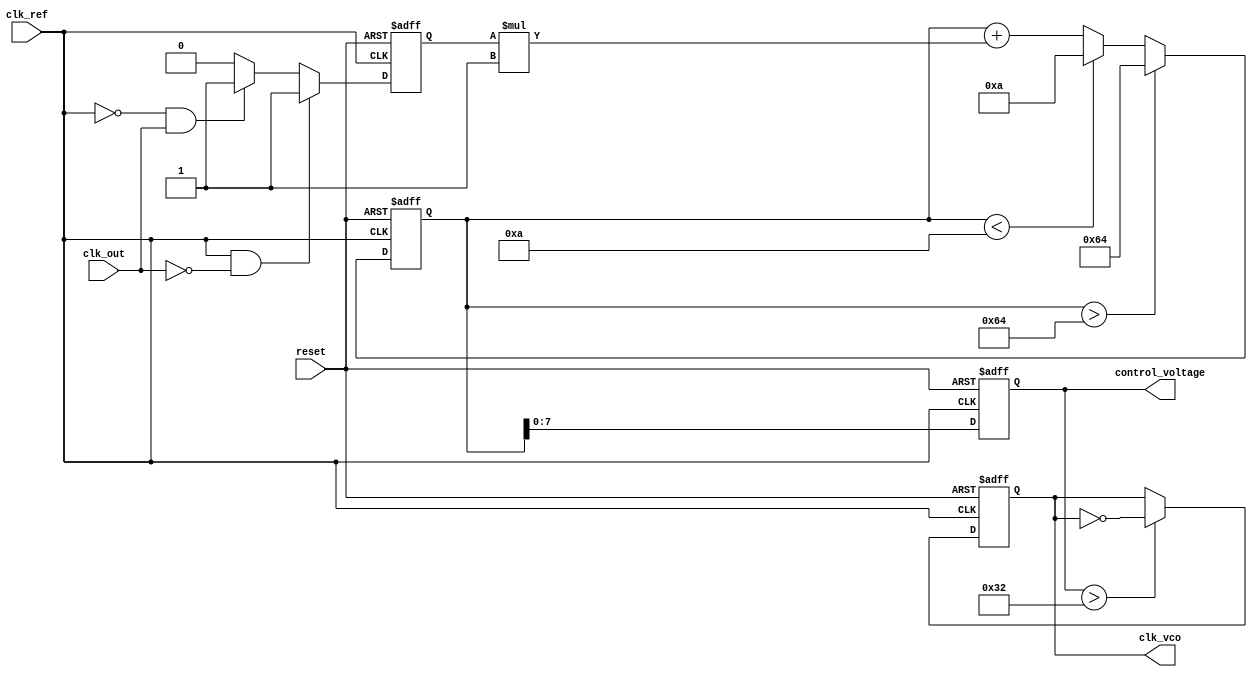
module type1_pll (
    input wire clk_ref,         // Reference clock input
    input wire clk_out,         // Output clock feedback
    input wire reset,           // Reset signal
    output reg clk_vco,         // Output VCO clock
    output reg [7:0] control_voltage // Control voltage for VCO
);

    // Parameters
    parameter integer VCO_MAX_FREQ = 100; // Max frequency for VCO
    parameter integer VCO_MIN_FREQ = 10;   // Min frequency for VCO
    parameter integer LOOP_FILTER_GAIN = 1; // Gain for loop filter

    // Internal signals
    reg phase_error;                // Phase error signal
    reg [15:0] loop_filter_output;   // Loop filter output

    // Phase Detector (PD)
    always @(posedge clk_ref or posedge reset) begin
        if (reset) begin
            phase_error <= 0;
        end else begin
            // Compare phase of clk_ref and clk_out
            if (clk_ref && !clk_out) begin
                phase_error <= 1; // clk_out is lagging
            end else if (!clk_ref && clk_out) begin
                phase_error <= -1; // clk_out is leading
            end else begin
                phase_error <= 0; // No error
            end
        end
    end

    // Loop Filter (LF)
    always @(posedge clk_ref or posedge reset) begin
        if (reset) begin
            loop_filter_output <= 0;
            control_voltage <= 0;
        end else begin
            // Simple first-order filter
            loop_filter_output <= loop_filter_output + (phase_error * LOOP_FILTER_GAIN);
            // Limit control voltage to avoid too high or too low frequencies
            if (loop_filter_output > VCO_MAX_FREQ) begin
                loop_filter_output <= VCO_MAX_FREQ;
            end else if (loop_filter_output < VCO_MIN_FREQ) begin
                loop_filter_output <= VCO_MIN_FREQ;
            end
            control_voltage <= loop_filter_output[7:0]; // Use lower 8 bits as control voltage
        end
    end

    // Voltage-Controlled Oscillator (VCO)
    always @(posedge clk_ref or posedge reset) begin
        if (reset) begin
            clk_vco <= 0;
        end else begin
            // Generate output clock based on control voltage
            // For simplicity, we will toggle the clock based on control voltage
            if (control_voltage > 50) begin
                clk_vco <= ~clk_vco; // Toggle output clock
            end
        end
    end

endmodule